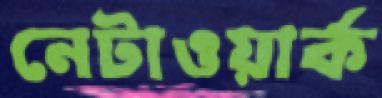
নেটাওয়ার্ক